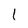
Character: l